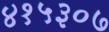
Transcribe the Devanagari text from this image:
४१५३०७